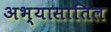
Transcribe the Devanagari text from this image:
अभ्यासातिल